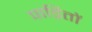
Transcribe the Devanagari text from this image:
पाड़ितों